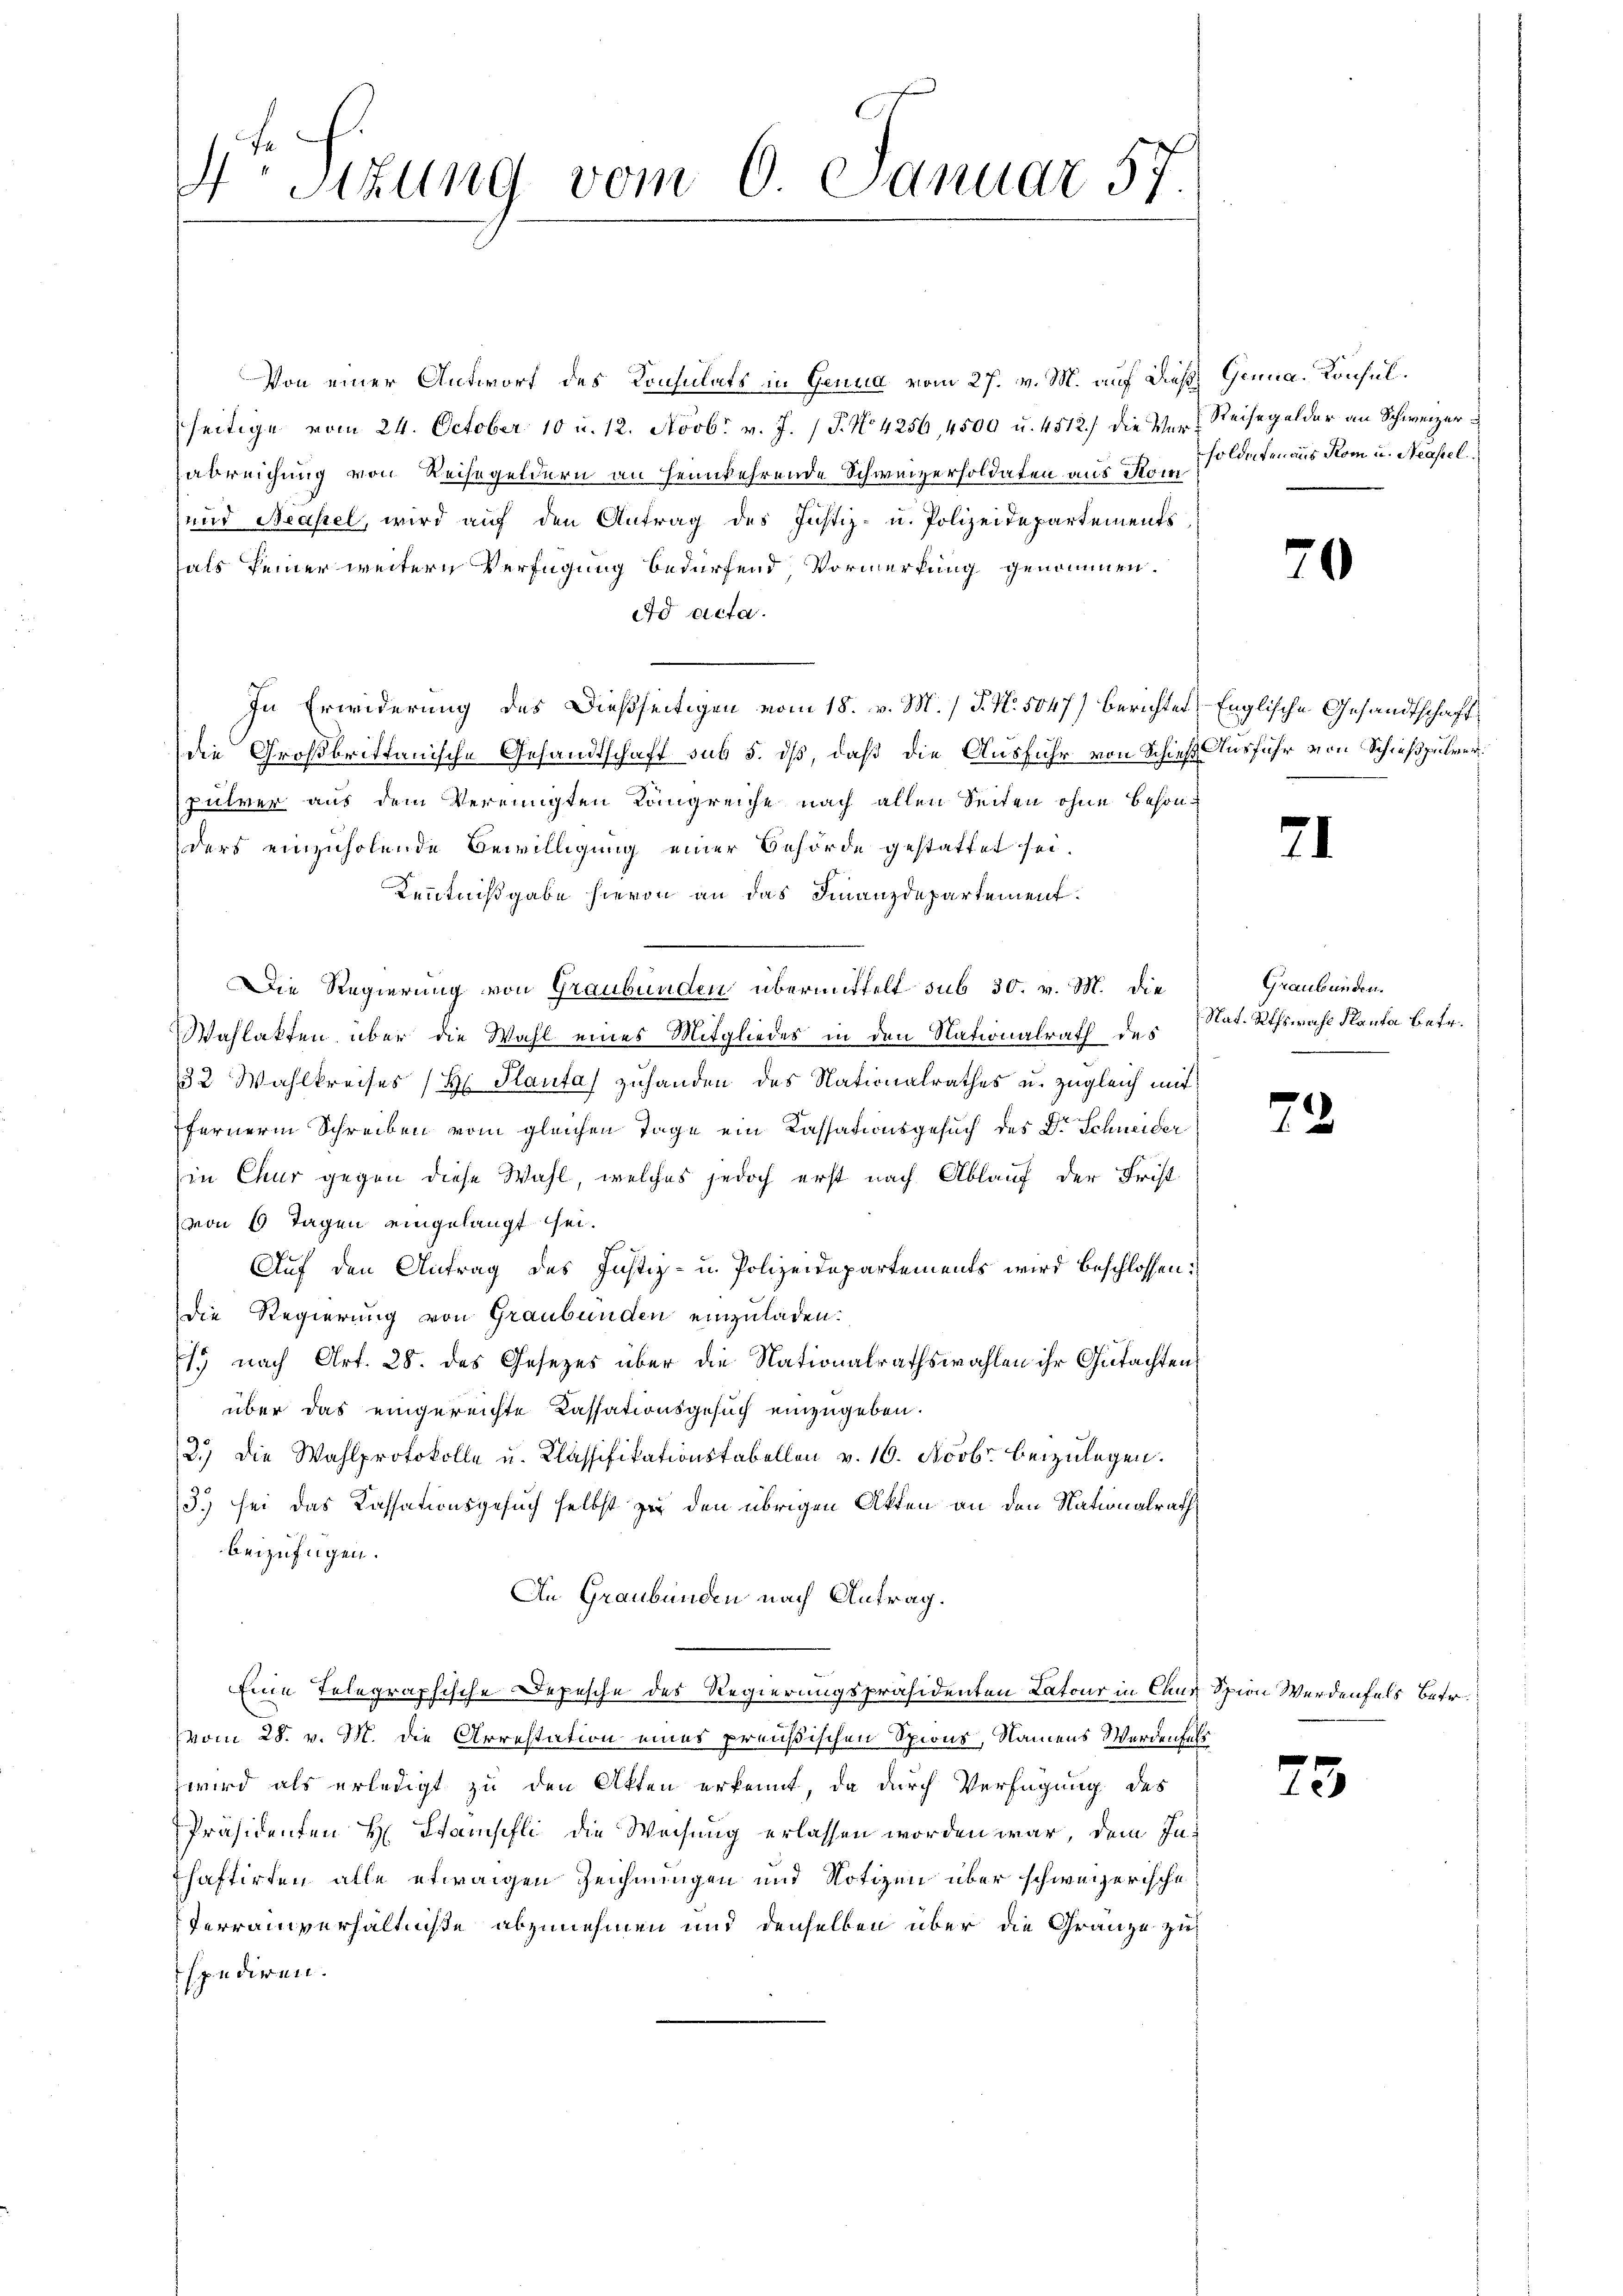
Von einer Antworf des Konsulats in Genua vom 27. v. M. auf dieß Genua. Konsulseitige vom 24. October 10 u. 12. Novbr. v. J. (T. No. 4256, 4500 u. 4512.) die Ver- Reisegelder an Schweizer
sabreichung von Reisegeldern an Heimkehrende Schweizersoldaten aus Konsoldaten aus Rom u. Neapel.
und Neapel, wird auf den Antrag des Justiz- u. Polizeidepartements
hals keiner weitern Verfügung bedürfend, Vormerkung genommen.
ad acta.
In Erwiderung des Dießseitigen vom 18. v. M. / P. Nr. 5047) Berichtet, Englische Gesandtschaft
die Großbrittanische Gesandtschaft sub 5. dß, daß die Ausfuhr von Schieß Ausführ von Schießpulverpulver aus dem Vereinigten Kongreiche nach allen Seiten ohne Besonders einzuholende Bewilligung einer Behörde gestattet sei.
Kenntnißgabe hievon an das Finanzdepartement.
Die Regierung von Graubünden übermittelt sub 30. v. M. die
Wahlakten über die Wahl eines Mitgliedes in den Nationalrath des Nat. Rthswahl Kanta betr.
132. Wahlkreises (H. Plantas zuhanden des Nationalrathes u. zugleich mit
ferner Schreiben vom gleichen Tage ein Cassationsgesuch des Dr. Schneider
in Chur gegen diese Wahl, welches jedoch erst nach Ablauf der Frist
(von 6 Tagen eingelangt sei.
Auf den Antrag des Justiz- u. Polizeidepartements wird beschlossen:
die Regierung von Graubünden einzuladen.
1. nach Art. 28. des Gesezes über die Nationalrathswahlen ihr Gutachtens
über das eingereichte Cassationsgesuch einzugeben.
2.) Die Wahlprotokolle u. Classifikationstabellen v. 16. Novbr. beizulegen.
/3. sei das Cassationsgesuch selbst zu den übrigen Akten an den Nationalrath
beizufügen.
An Graubünden nach Antrag.
Eine Telegraphische Depesche des Regierungspräsidenten Latour in Caus Spien Werdenfels Betr.
vom 28. v. M. die Arrestation eines preußischen Spions, Namens Werdenfals
wird als erledigt zu den Akten erkennt, da durch Verfügung des
Präsidenten H. Stampfli die Weisung erlassen worden war, dem Inhaftirten alle etwaigen Zeichnungen und Notizen über schweizerische
Terrainverhältniße abzunehmen und denselben über die Gränze zu
spediren.

Soo Sizung vom 6. Januar 57.

.

70

21

Graubünden.

22

75